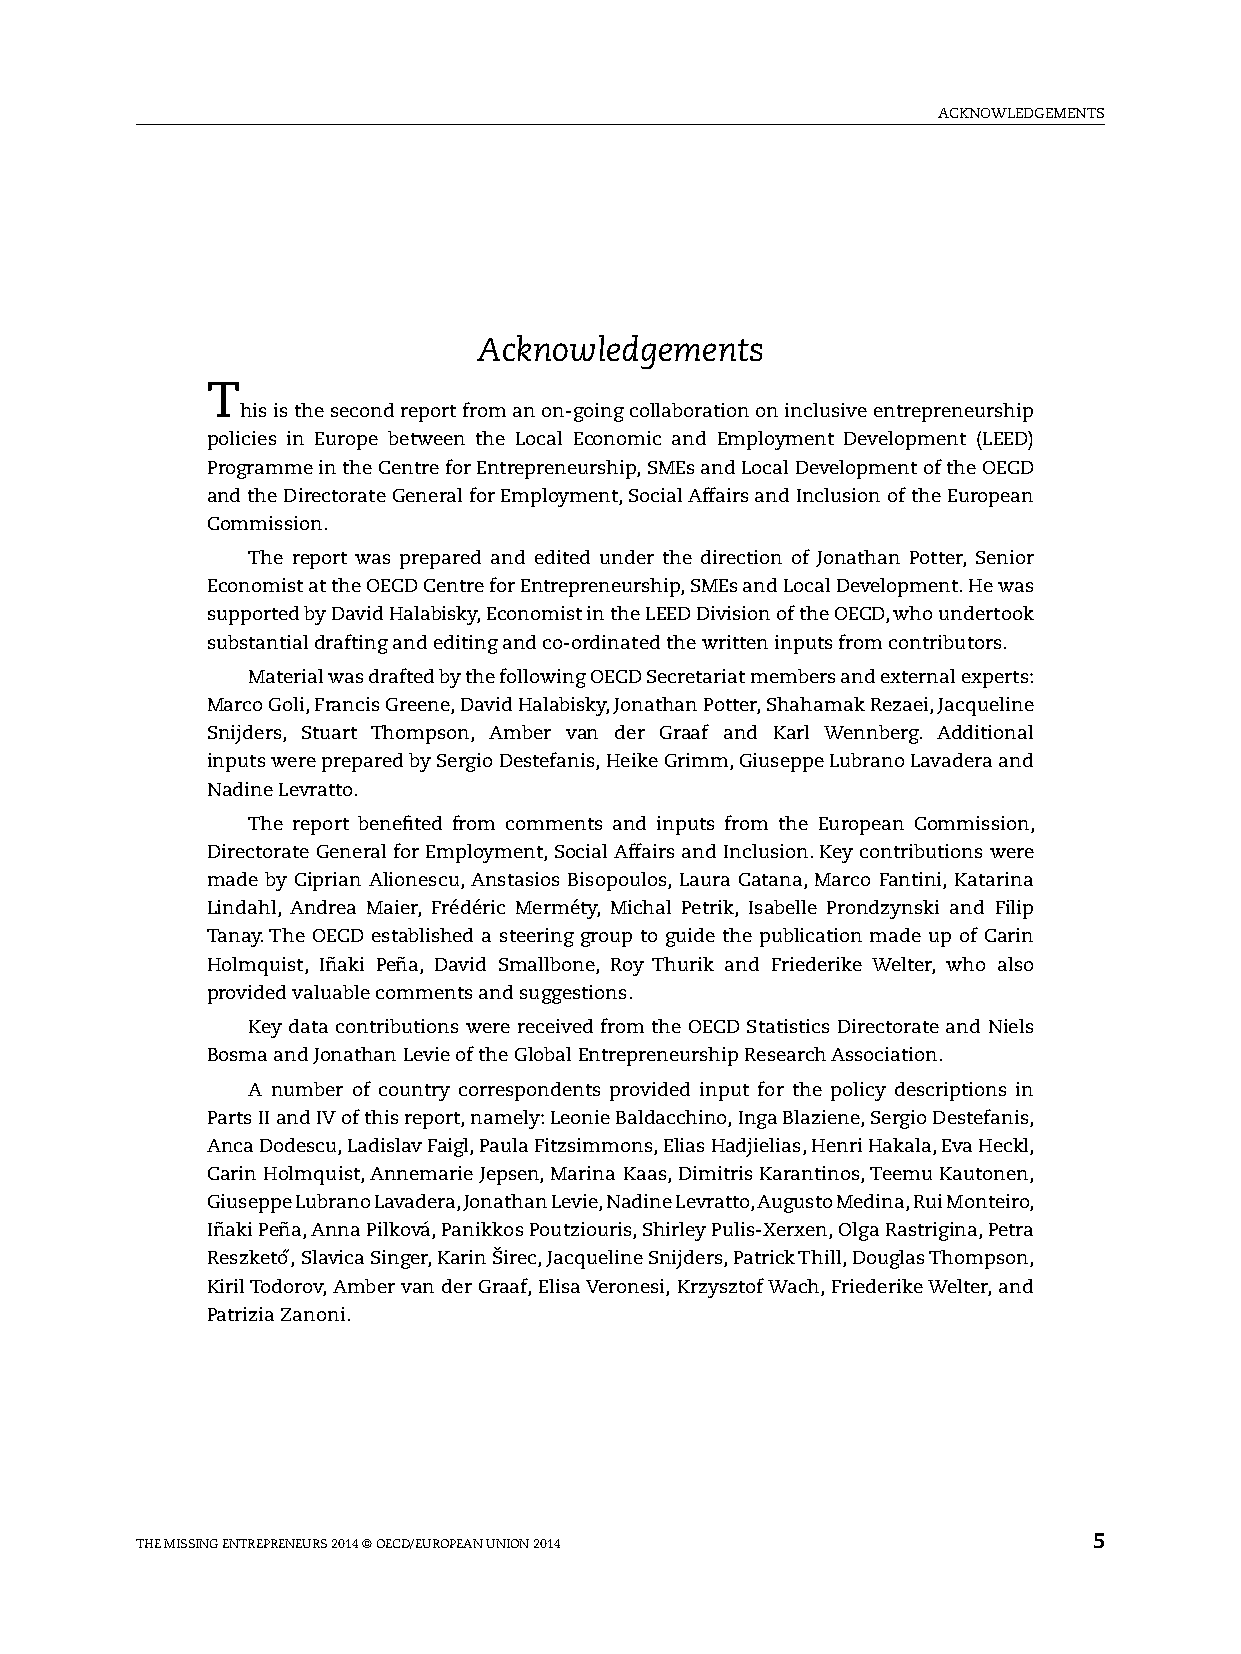
acKnOWLeDgeMenTs
 Acknowledgements
 T
 his is the second report from an on-going collaboration on inclusive entrepreneurship
 policies in europe between the Local economic and employment Development (LeeD)
 Programme in the centre for entrepreneurship, sMes and Local Development of the OecD
 and the Directorate general for employment, social affairs and inclusion of the european
 commission.
 The report was prepared and edited under the direction of Jonathan Potter, senior
 economist at the OecD centre for entrepreneurship, sMes and Local Development. he was
 supported by David halabisky, economist in the LeeD Division of the OecD, who undertook
 substantial drafting and editing and co-ordinated the written inputs from contributors.
 Material was drafted by the following OecD secretariat members and external experts:
 Marco goli, francis greene, David halabisky, Jonathan Potter, shahamak rezaei, Jacqueline
 snijders, stuart Thompson, amber van der graaf and Karl Wennberg. additional
 inputs were prepared by sergio Destefanis, heike grimm, giuseppe Lubrano Lavadera and
 nadine Levratto.
 The report benefited from comments and inputs from the european commission,
 Directorate general for employment, social affairs and inclusion. Key contributions were
 made by ciprian alionescu, anstasios Bisopoulos, Laura catana, Marco fantini, Katarina
 Lindahl, andrea Maier, frédéric Merméty, Michal Petrik, isabelle Prondzynski and filip
 Tanay. The OecD established a steering group to guide the publication made up of carin
 holmquist, iñaki Peña, David smallbone, roy Thurik and friederike Welter, who also
 provided valuable comments and suggestions.
 Key data contributions were received from the OecD statistics Directorate and niels
 Bosma and Jonathan Levie of the global entrepreneurship research association.
 a number of country correspondents provided input for the policy descriptions in
 Parts ii and iV of this report, namely: Leonie Baldacchino, inga Blaziene, sergio Destefanis,
 anca Dodescu, Ladislav faigl, Paula fitzsimmons, elias hadjielias, henri hakala, eva heckl,
 carin holmquist, annemarie Jepsen, Marina Kaas, Dimitris Karantinos, Teemu Kautonen,
 giuseppe Lubrano Lavadera, Jonathan Levie, nadine Levratto, augusto Medina, rui Monteiro,
 iñaki Peña, anna Pilková, Panikkos Poutziouris, shirley Pulis-Xerxen, Olga rastrigina, Petra
 reszketo´´, slavica singer, Karin Širec, Jacqueline snijders, Patrick Thill, Douglas Thompson,
 Kiril Todorov, amber van der graaf, elisa Veronesi, Krzysztof Wach, friederike Welter, and
 Patrizia Zanoni.
 The Missing enTrePreneurs 2014 © OecD/eurOPean uniOn 2014      5